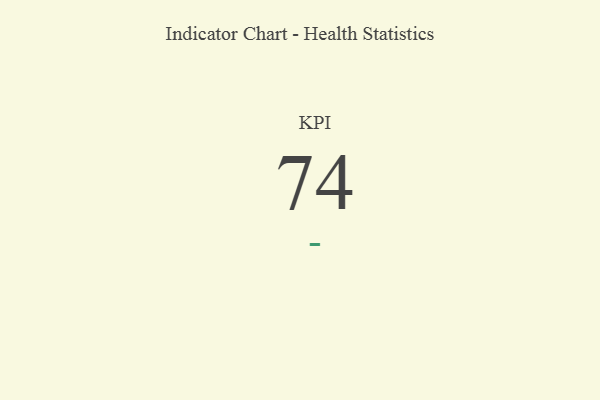
{"axis": {"x": "KPI", "y": "Value"}, "legend": [""], "data": [{"x": "KPI", "y": 74, "type": ""}]}